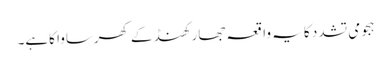
ہجومی تشدد کا یہ واقعہ جھارکھنڈ کے کھرساوا کاہے۔